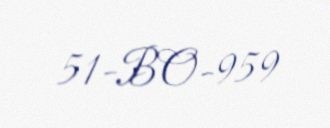
51-BO-959